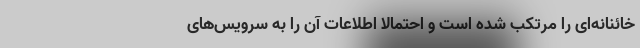
خائنانه‌ای را مرتکب شده است و احتمالاً اطلاعات آن را به سرویس‌های